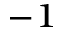
^ { - 1 }